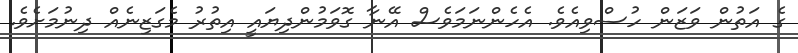
ގެ އަތުން ވަޒަން ހުސްވިއެވެ. އެހެންނަމަވެސް އޭނާ ގޮވަމުންދިޔައީ އިތުރު މެގަޒިނެއް ދިނުމަށެވެ.